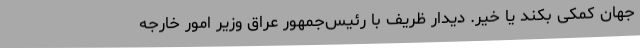
جهان کمکی بکند یا خیر. دیدار ظریف با رئیس‌جمهور عراق وزیر امور خارجه